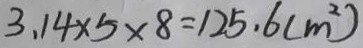
3 . 1 4 \times 5 \times 8 = 1 2 5 . 6 ( m ^ { 2 } )